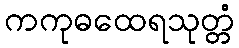
ကကုဓထေရသုတ္တံ